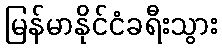
မြန်မာနိုင်ငံခရီးသွား